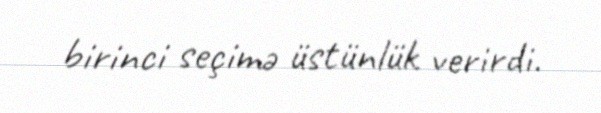
birinci seçimə üstünlük verirdi.